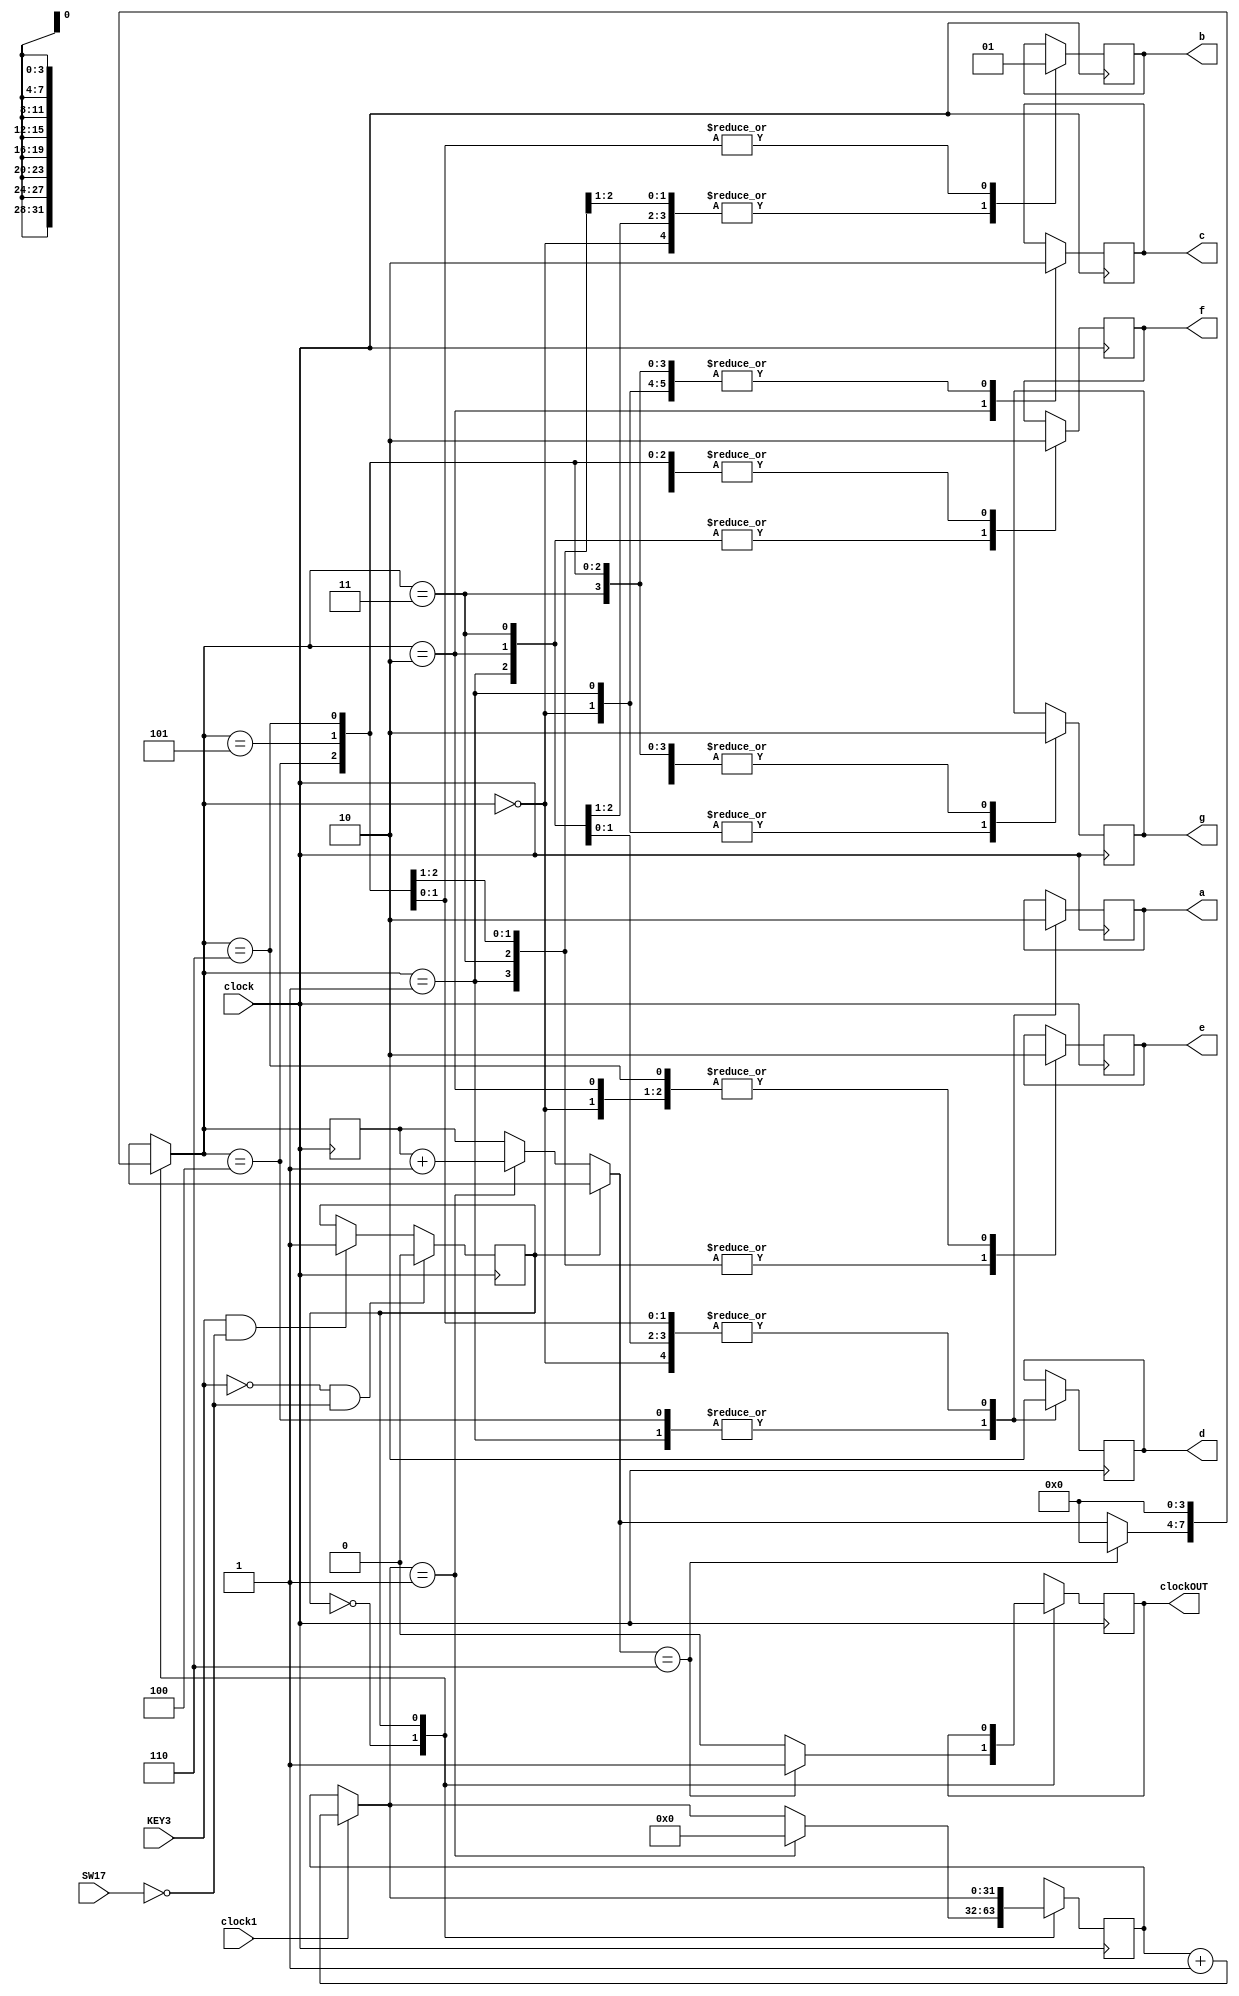
module segundos3(clock1, clock, KEY3,SW17, clockOUT, a, b, c, d, e, f, g);

input KEY3, clock1, clock, SW17;
output reg clockOUT, a, b, c, d, e, f, g;
reg estado;
reg [31:0]count;
reg [3:0]segundo;

initial count = 0;
initial clockOUT = 0;

always @(posedge clock) begin	
	if(KEY3 == 0 && SW17==0)
		estado = 0;
	else if(KEY3 == 1 && SW17==0)
		estado = 1;	
end


	
always @(posedge clock) begin

	case(clock1)
		1 :	count = count + 1;
	endcase
	
	case(estado)
		0 : begin				
				if(count == 1)begin
					segundo = segundo + 1; 
					count = 0;
					end
				if(segundo == 6)begin
					clockOUT = 1;
					segundo = 0;
					end
				else
					clockOUT = 0;
			end			
		1 : begin
				segundo = 0;
			end					
	endcase		
	
	case(segundo)
			0 : begin a <= 0 ; b <= 0 ; c <= 0 ; d <= 0 ; e <= 0 ; f <= 0 ; g <= 1 ;end
			1 : begin a <= 1 ; b <= 0 ; c <= 0 ; d <= 1 ; e <= 1 ; f <= 1 ; g <= 1 ;end
			2 : begin a <= 0 ; b <= 0 ; c <= 1 ; d <= 0 ; e <= 0 ; f <= 1 ; g <= 0 ;end
			3 : begin a <= 0 ; b <= 0 ; c <= 0 ; d <= 0 ; e <= 1 ; f <= 1 ; g <= 0 ;end
			4 : begin a <= 1 ; b <= 0 ; c <= 0 ; d <= 1 ; e <= 1 ; f <= 0 ; g <= 0 ;end
			5 : begin a <= 0 ; b <= 1 ; c <= 0 ; d <= 0 ; e <= 1 ; f <= 0 ; g <= 0 ;end
			6 : begin a <= 0 ; b <= 1 ; c <= 0 ; d <= 0 ; e <= 0 ; f <= 0 ; g <= 0 ;end			
		endcase
end
endmodule